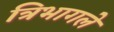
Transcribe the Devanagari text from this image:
त्रिभागले